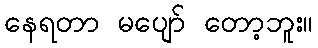
နေရတာ မပျော် တော့ဘူး။